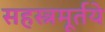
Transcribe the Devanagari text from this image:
सहस्त्रमूर्तये